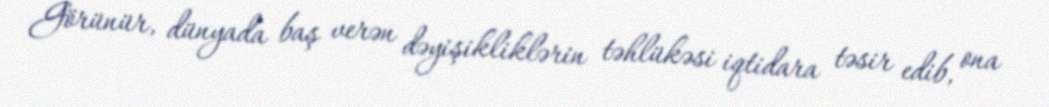
Görünür, dünyada baş verən dəyişikliklərin təhlükəsi iqtidara təsir edib, ona